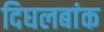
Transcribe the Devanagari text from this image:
दिघलबांक